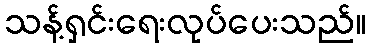
သန့်ရှင်းရေးလုပ်ပေးသည်။